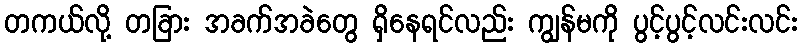
တကယ်လို့ တခြား အခက်အခဲတွေ ရှိနေရင်လည်း ကျွန်မကို ပွင့်ပွင့်လင်းလင်း